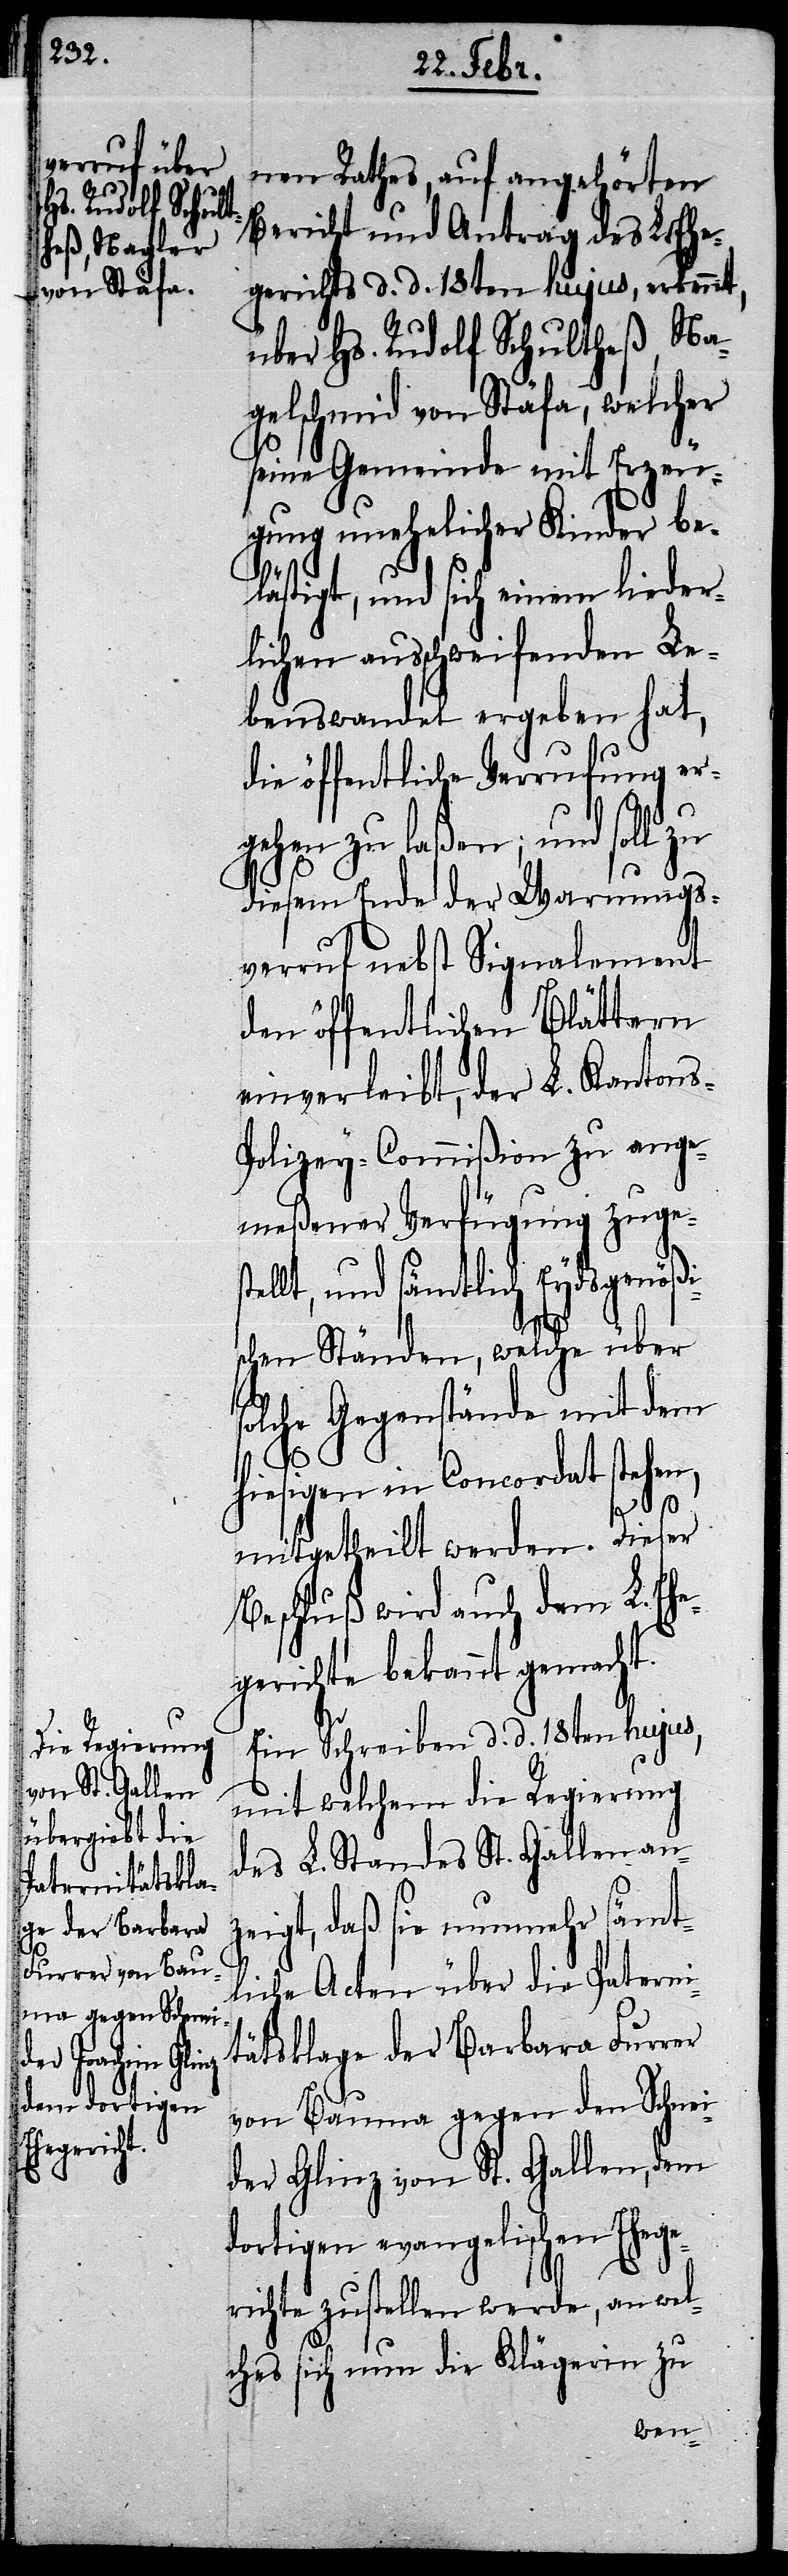
Eydsgenößi¬

nen Rathes, auf angehörten
Bericht und Antrag des L. Ehe¬
gerichts d. d. 18ten hujus, erkennt,
über Hs. Rudolf Schultheß, Na¬
gelschmid von Stäfa, welcher
seine Gemeinde mit Erzeu¬
gung unehelicher Kinder be¬
lästigt, und sich einem lieder¬
lichen ausschweifenden Le¬
benswandel ergeben hat,
die öffentliche Verrufung er¬
so¬
gehen zu laßen; und soll zu
diesem Ende der Warnungs¬
verruf nebst Signalement
den öffentlichen Blättern
einverleibt, der L. Kantons-P¬
olizey-Commißion zu ange¬
meßener Verfügung zuge¬
llt, und sämtlich[en]
schen Ständen, welche über
lche Gegenstände mit dem
hiesigen in Concordat stehen,
mitgetheilt werden. Dieser
Beschluß wird auch dem L. Eh¬
egerichte bekannt gemacht.
Ein Schreiben d. d. 18ten hujus,
mit welchem die Regierung
des L. Standes St. Gallen an¬
zeigt, daß sie nunmehr sämt¬
liche Acten über die Paterni¬
tätsklage der Barbara Furrer
von Bauma gegen den Schnei¬
der Glinz von St. Gallen, dem
dortigen evangelischen Eheg¬
erichte zustellen werde, an wel¬
ches sich nun die Klägerin zu